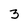
Character: 3